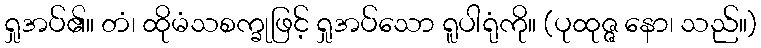
ရှုအပ်၏။ တံ၊ ထိုမံသစက္ခုဖြင့် ရှုအပ်သော ရူပါရုံကို။ (ပုထုဇ္ဇ နော၊ သည်။)